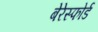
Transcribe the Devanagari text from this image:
बेरेस्फोर्ड